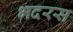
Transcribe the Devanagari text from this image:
भदरस